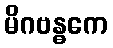
မိဂဗန္ဓကေ